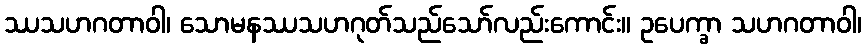
ဿသဟဂတာဝါ၊ သောမနဿသဟဂုတ်သည်သော်လည်းကောင်း။ ဥပေက္ခာ သဟဂတာဝါ၊